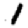
Digit: 1